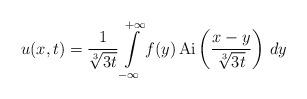
LaTeX: \begin{align*} u(x,t) = \frac{1}{\root 3 \of {3t} } \int\limits_{-\infty}^{+\infty} f(y)\, \mathrm{Ai} \left( \frac{x-y}{\root 3 \of {3t} } \right) \, dy \end{align*}